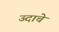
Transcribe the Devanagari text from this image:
उदाचे